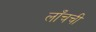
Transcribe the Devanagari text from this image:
लाँचची